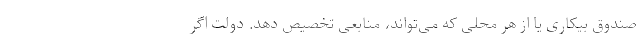
صندوق بیکاری یا از هر محلی که می‌تواند، منابعی تخصیص دهد. دولت اگر